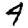
Digit: 4